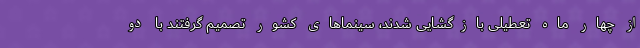
از چهار ماه تعطیلی بازگشایی شدند، سینماهای کشور تصمیم گرفتند با دو